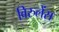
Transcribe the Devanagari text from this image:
विरुलेंस